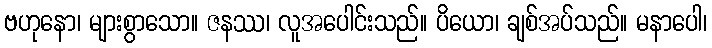
ဗဟုနော၊ များစွာသော။ ဇနဿ၊ လူအပေါင်းသည်။ ပိယော၊ ချစ်အပ်သည်။ မနာပေါ၊